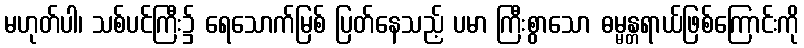
မဟုတ်ပါ၊ သစ်ပင်ကြီး၌ ရေသောက်မြစ် ပြတ်နေသည့် ပမာ ကြီးစွာသော ဓမ္မန္တရာယ်ဖြစ်ကြောင်းကို